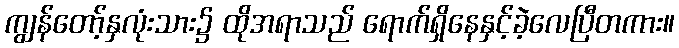
ကျွန်တော့်နှလုံးသား၌ ထိုအရာသည် ရောက်ရှိနေနှင့်ခဲ့လေပြီတကား။